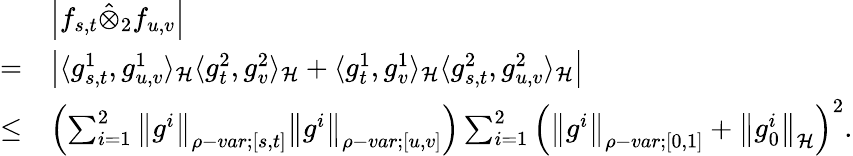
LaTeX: \begin{array}{rl}&{\left|f_{s,t}\hat{\otimes}_{2}f_{u,v}\right|}\\ {=}&{\left|\langle g_{s,t}^{1},g_{u,v}^{1}\rangle_{\mathcal{H}}\langle g_{t}^{2},g_{v}^{2}\rangle_{\mathcal{H}}+\langle g_{t}^{1},g_{v}^{1}\rangle_{\mathcal{H}}\langle g_{s,t}^{2},g_{u,v}^{2}\rangle_{\mathcal{H}}\right|}\\ {\leq}&{\left(\sum_{i=1}^{2}{\left\lVert{g^{i}}\right\rVert}_{\rho-var;[s,t]}{\left\lVert{g^{i}}\right\rVert}_{\rho-var;[u,v]}\right)\sum_{i=1}^{2}\left({\left\lVert{g^{i}}\right\rVert}_{\rho-var;[0,1]}+{\left\lVert{g_{0}^{i}}\right\rVert}_{\mathcal{H}}\right)^{2}.}\end{array}